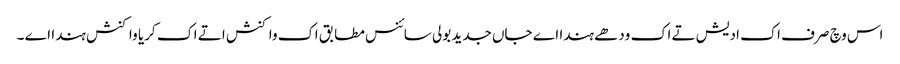
اس وچ صرف اک ادیش تے اک ودھے ہندا اے جاں جدید بولی سائنس مطابق اک واکنش اتے اک کریا واکنش ہندا اے ۔